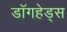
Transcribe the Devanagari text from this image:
डॉगहेड्स